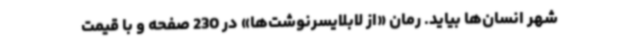
شهر انسان‌ها بیاید. رمان «از لابلایسرنوشت‌ها» در 230 صفحه و با قیمت